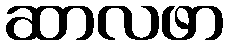
ဆာလဖာ